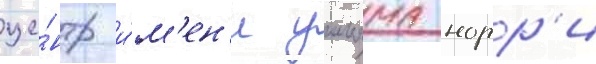
це́нтр и́м'ен'и уильяма норр'и